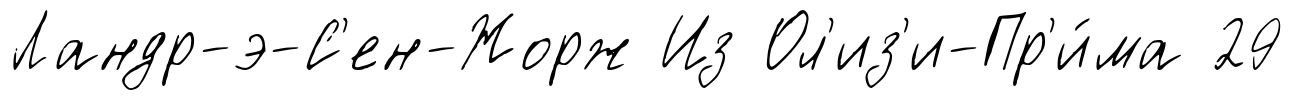
Ландр-э-С'ен-Жорж Из Ол'из'и-Пр'и́ма 29